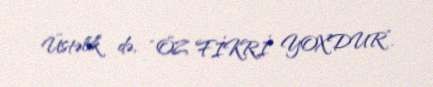
Üstəlik də, “ÖZ FİKRİ YOXDUR”.